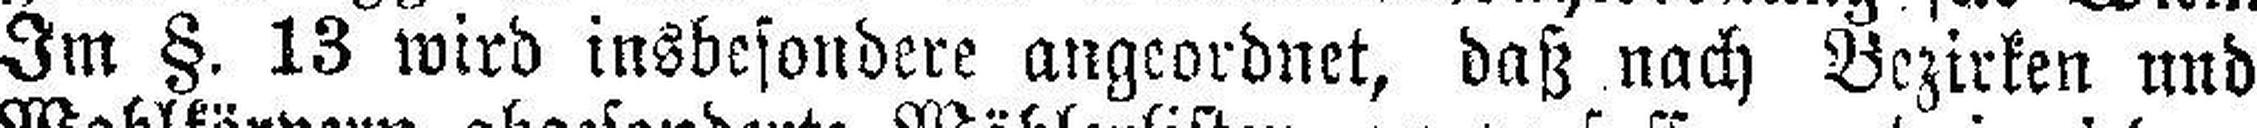
Im §. 13 wird insbesondere angeordnet, daß nach Bezirken und